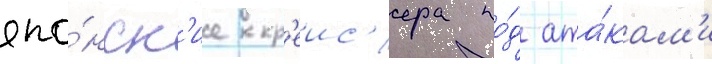
япо́нск'ие кр'еис'ера по́д ата́кам'и